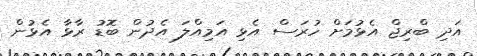
އަދި ބްރިޖް އެޅުމަށް ހުރަސް އެޅި އަމިއްލަ އެދުން ބޮޑު ރާޅާ އެޅުން